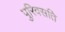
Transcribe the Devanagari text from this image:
पुरिवसति